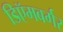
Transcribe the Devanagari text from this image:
डिऍमबर्गर